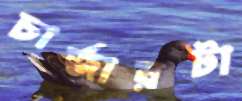
চার্জারটা